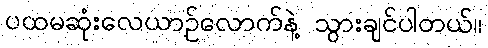
ပထမဆုံးလေယာဉ်လောက်နဲ့ သွားချင်ပါတယ်။